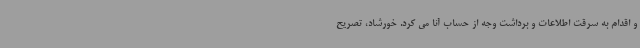
و اقدام به سرقت اطلاعات و برداشت وجه از حساب آنا می کرد. خورشاد، تصریح